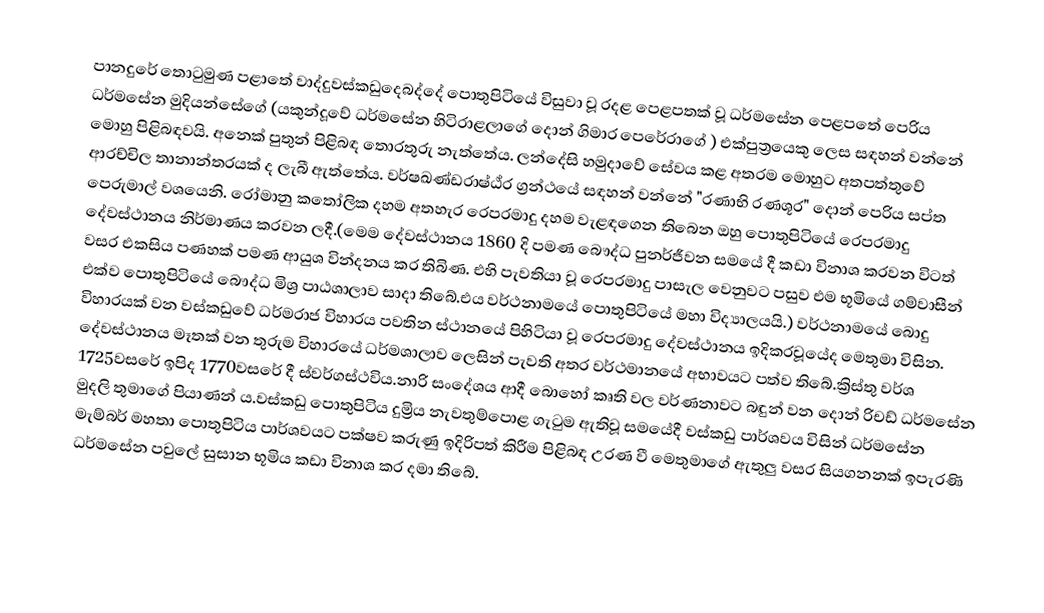
පානදුරේ තොටුමුණ පළාතේ වාද්දුවස්කඩුදෙබද්දේ  පොතුපිටියේ විසුවා වූ රදළ පෙළපතක් වූ ධර්මසේන පෙළපතේ පෙරිය ධර්මසේන මුදියන්සේගේ (යකුන්දූවේ ධර්මසේන හිටිරාළලාගේ දොන් ගිමාර පෙරේරාගේ ) එක්පුත්‍රයෙකු ලෙස සඳහන් වන්නේ මොහු පිළිබඳවයි. අනෙක් පුතුන් පිළිබඳ තොරතුරු නැත්තේය. ලන්දේසි හමුදාවේ සේවය කළ අතරම මොහුට අතපත්තුවේ ආරච්චිල තානාන්තරයක් ද ලැබී ඇත්තේය. වර්ෂඛණ්ඩරාෂ්ඨ්‍ර ග්‍රන්ථයේ සඳහන් වන්නේ "රණාභි රණශූර" දොන් පෙරිය සප්ත පෙරුමාල් වශයෙනි. රෝමානු කතෝලික දහම අතහැර රෙපරමාදු දහම වැළඳගෙන තිබෙන ඔහු පොතුපිටියේ රෙපරමාදු දේවස්ථානය නිර්මාණය කරවන ලදී.(මෙම දේවස්ථානය 1860 දි පමණ බෞද්ධ පුනර්ජීවන සමයේ දී කඩා විනාශ කරවන විටත් වසර එකසිය පණහක් පමණ ආයුශ වින්දනය කර තිබිණ. එහි පැවතියා වූ රෙපරමාදු පාසැල වෙනුවට පසුව එම භූමියේ ගම්වාසීන් එක්ව පොතුපිටියේ බෞද්ධ මිශ්‍ර පාඨශාලාව සාදා තිබේ.එය වර්ථනාමයේ පොතුපිටියේ මහා විද්‍යාලයයි.) වර්ථනාමයේ බොදු විහාරයක් වන වස්කඩුවේ ධර්මරාජ විහාරය පවතින ස්ථානයේ පිහිටියා වූ රෙපරමාදු දේවස්ථානය ඉදිකරවූයේද මෙතුමා විසින. දේවස්ථානය මෑතක් වන තුරුම විහාරයේ ධර්මශාලාව ලෙසින් පැවති අතර වර්ථමානයේ අභාවයට පත්ව තිබේ.ක්‍රිස්තු වර්ශ 1725වසරේ ඉපිද 1770වසරේ දී ස්වර්ගස්ථවිය.නාරි සංදේශය ආදී බොහෝ කෘති වල වර්ණනාවට බඳුන් වන දොන් රිචඩ් ධර්මසේන මුදලි තුමාගේ පියාණන්‍ ය.වස්කඩු පොතුපිටිය දුම්‍රිය නැවතුම්පොළ ගැටුම ඇතිවූ සමයේදී වස්කඩු පාර්ශවය විසින් ධර්මසේන මැම්බර් මහතා පොතුපිටිය පාර්ශවයට පක්ෂව කරුණු ඉදිරිපත් කිරීම පිළිබඳ උරණ වී මෙතුමාගේ ඇතුලු වසර සියගනනක් ඉපැරණි ධර්මසේන පවුලේ  සුසාන භූමිය කඩා විනාශ කර දමා තිබේ.